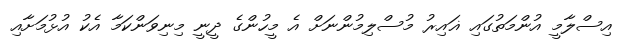
އިސްލާމީ އުންމަތުގައި ޣައިރު މުސްލިމުންނަށް އެ މީހުންގެ ދީނީ މިނިވަންކަމާ އެކު އުޅުމަށާއި